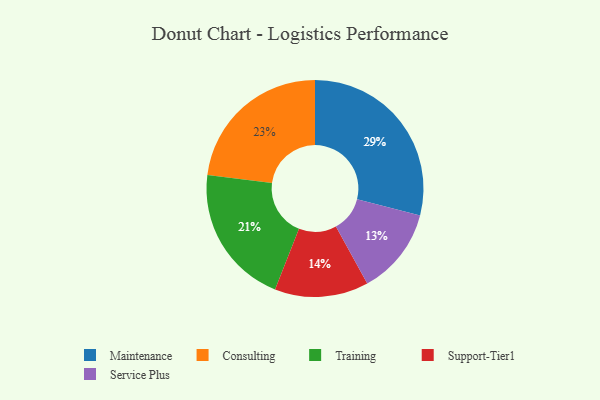
{"axis": {"x": "Category", "y": "Percentage"}, "legend": ["Consulting", "Maintenance", "Service Plus", "Support-Tier1", "Training"], "data": [{"x": "Support-Tier1", "y": 14, "type": "Support-Tier1"}, {"x": "Maintenance", "y": 29, "type": "Maintenance"}, {"x": "Consulting", "y": 23, "type": "Consulting"}, {"x": "Service Plus", "y": 13, "type": "Service Plus"}, {"x": "Training", "y": 21, "type": "Training"}]}